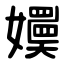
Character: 嬽